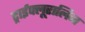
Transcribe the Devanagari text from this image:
ट्राईफ्लूरालिन